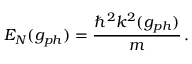
E _ { N } ( g _ { p h } ) = \frac { \hbar ^ { 2 } k ^ { 2 } ( g _ { p h } ) } { m } \, .